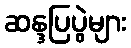
ဆန္ဒပြပွဲများ